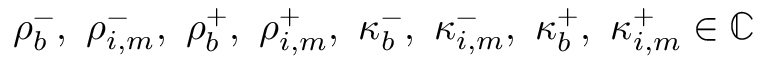
\rho _ { b } ^ { - } , ~ \rho _ { i , m } ^ { - } , ~ \rho _ { b } ^ { + } , ~ \rho _ { i , m } ^ { + } , ~ \kappa _ { b } ^ { - } , ~ \kappa _ { i , m } ^ { - } , ~ \kappa _ { b } ^ { + } , ~ \kappa _ { i , m } ^ { + } \in \mathbb { C }